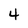
Character: 4